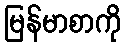
မြန်မာစာကို